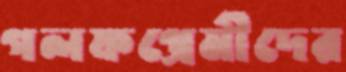
গলফপ্রেমীদের